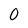
Character: 0